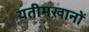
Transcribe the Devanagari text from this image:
यतीमख़ानों